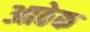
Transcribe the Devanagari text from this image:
आठेक